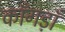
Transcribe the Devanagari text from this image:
काँगड़ाँ